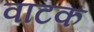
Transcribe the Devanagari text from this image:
वाटक